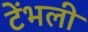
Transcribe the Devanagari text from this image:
टेंभली